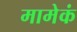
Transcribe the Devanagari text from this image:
मामेकं